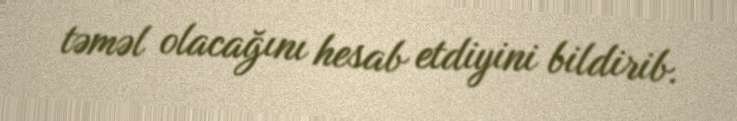
təməl olacağını hesab etdiyini bildirib.